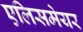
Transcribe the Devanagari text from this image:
एलिसमेयर